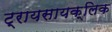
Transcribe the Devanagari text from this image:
ट्रायसायक्लिक